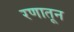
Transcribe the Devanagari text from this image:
रणातून